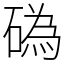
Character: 䃣